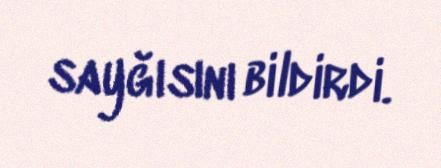
sayğısını bildirdi.